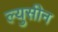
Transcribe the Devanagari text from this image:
ल्युसीन